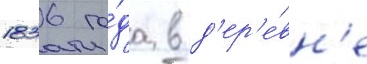
1836 го́да в д'ер'е́вн'е